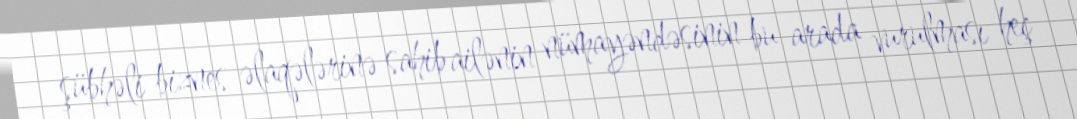
şübhəli biznes əlaqələrinə sahib ailənin nümayəndəsinin bu arada vurulması heç